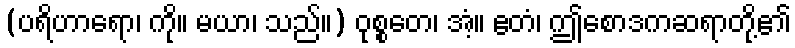
(ပရိဟာရော၊ ကို။ မယာ၊ သည်။) ဝုစ္စတေ၊ အံ့။ ဧတံ၊ ဤစောဒကဆရာတို့၏